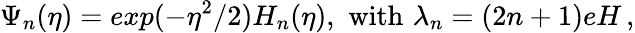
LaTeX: \Psi_{n}(\eta)=exp(-\eta^{2}/2)H_{n}(\eta),\, \, \mathrm{with}\, \, \lambda_{n}=(2n+1)eH\, ,